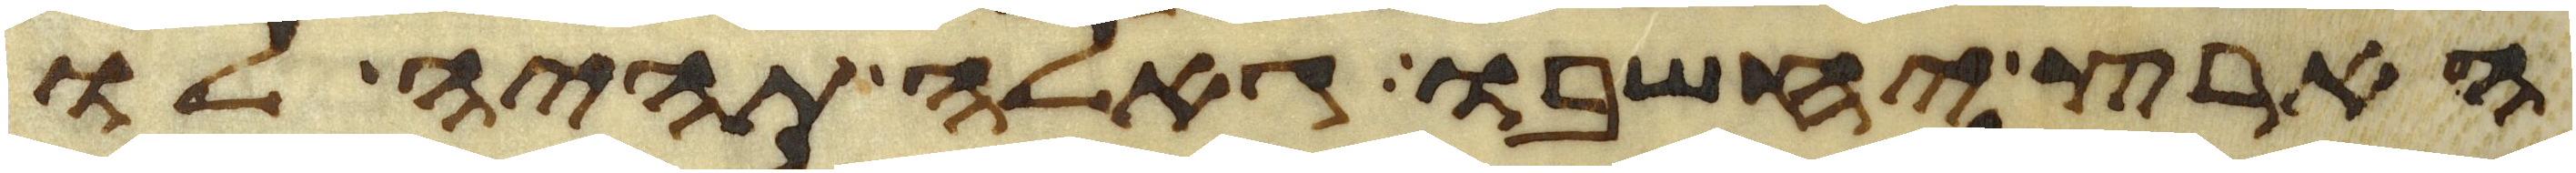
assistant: הארץ יחשבו גאלה תהיה לו